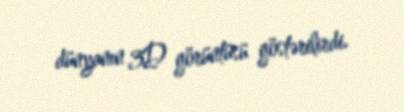
dünyanın 3D görüntüsü göstərilirdi.